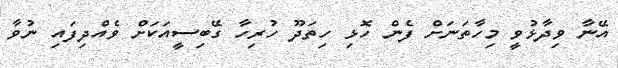
އޭނާ ވިދާޅުވީ މިހާތަނަށް ފެން ހޮޅި ހިތަދޫ ހުރިހާ ގޭބިސީއަކަށް ވެއްދިފައި ނުވާ